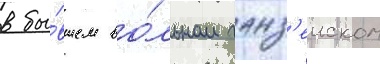
в бы́вшем во́льном ганз'еиском